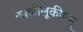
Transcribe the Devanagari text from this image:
काकोलूकीयम्